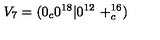
V _ { 7 } = ( 0 _ { c } 0 ^ { 1 8 } | 0 ^ { 1 2 } \ + _ { c } ^ { 1 6 } )